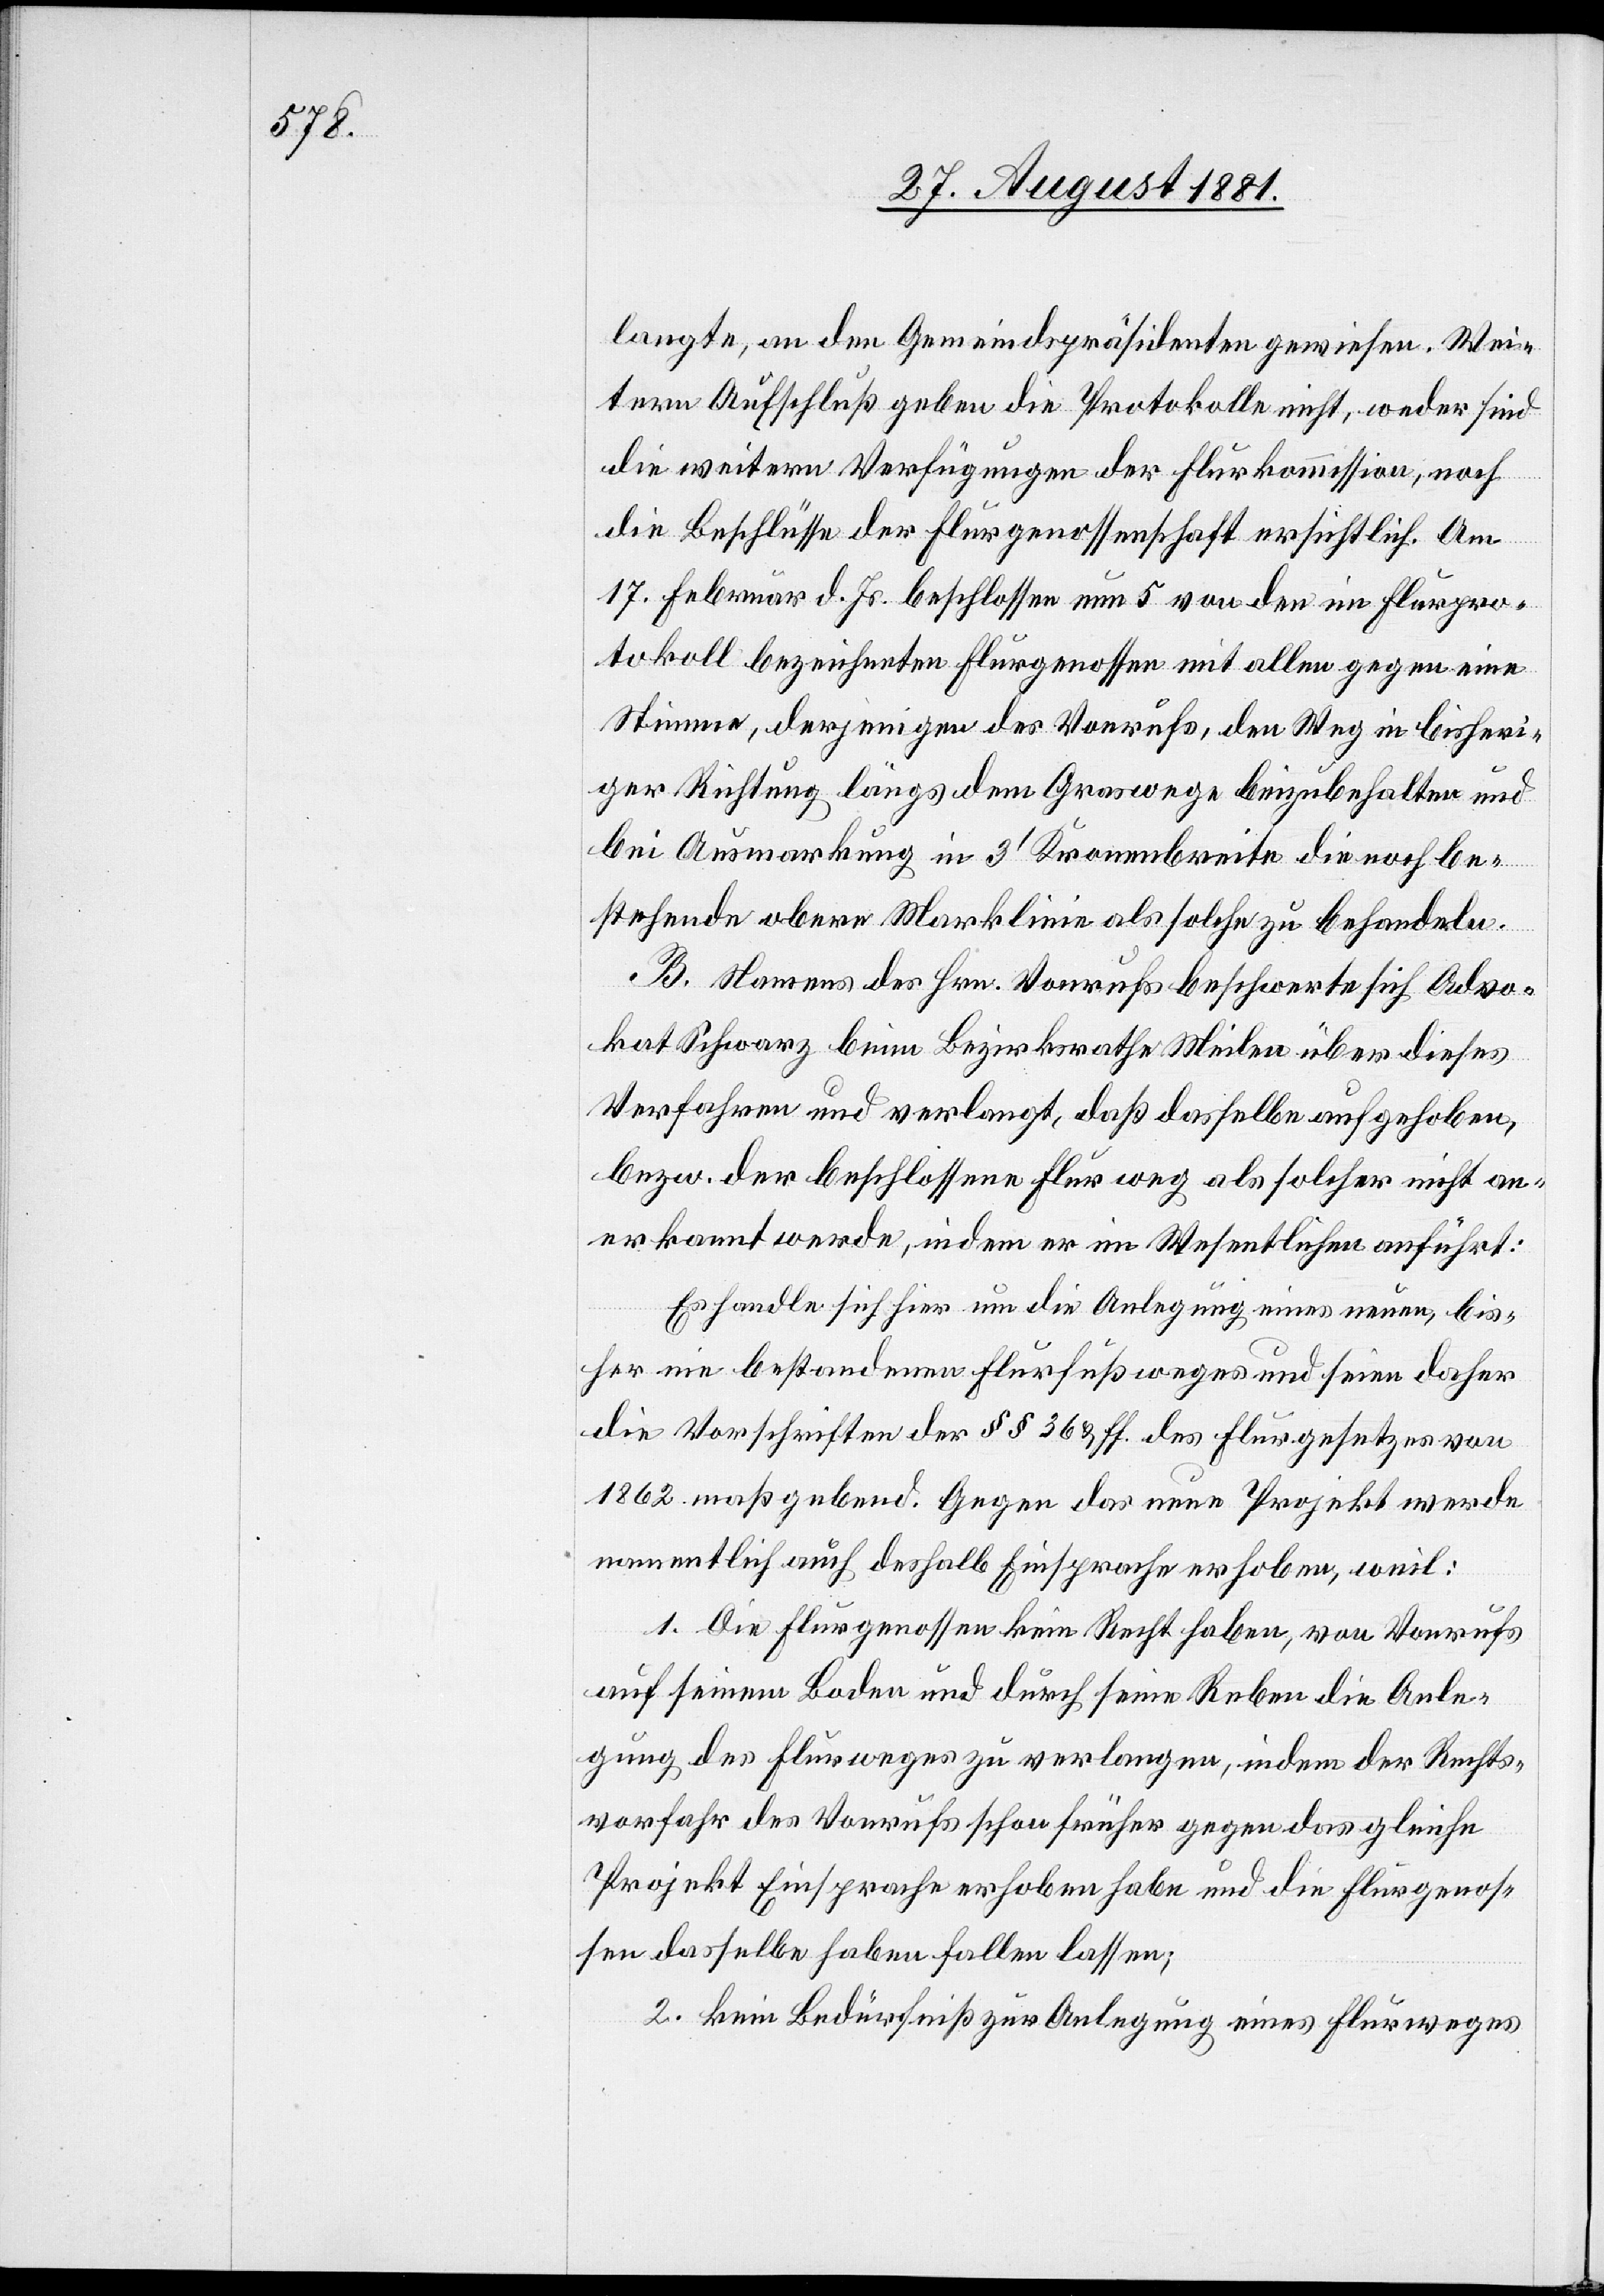
langte, an den Gemeindspräsidenten gewiesen. Wei¬
tern Aufschluß geben die Protokolle nicht, weder sind
die weitern Verfügungen der Flurkommission, noch
die Beschlüsse der Flurgenossenschaft ersichtlich. Am
17. Februar d. Js. beschlossen nun 5 von den im Flurpro¬
tokoll bezeichneten Flurgenossen mit allen gegen eine
Stimme, derjenigen des Vonrufs, den Weg in bisheri¬
ger Richtung längs dem Graswege beizubehalten und
bei Ausmarkung in 3‘ Kronenbreite die noch be¬
stehende obere Marklinie als solche zu behandeln.
B. Namens des Hrn. Vonrufs beschwerte sich Advo¬
kat Schwarz beim Bezirksrathe Meilen über dieses
Verfahren und verlangt, daß dasselbe aufgehoben,
bezw. der beschlossene Flurweg als solcher nicht an¬
erkannt werde, indem er im Wesentlichen anführt:
Es handle sich um die Anlegung eines neuen, bis¬
her nie bestandenen Flurfußweges und seien daher
die Vorschriften der §§ 36 & ff. des Flurgesetzes von
1862 maßgebend. Gegen das neue Projekt werde
namentlich auch deshalb Einsprache erhoben, weil:
1. Die Flurgenossen kein Recht haben, von Vonrufs
auf seinem Boden und durch seine Reben die Anle¬
gung des Flurweges zu verlangen, indem der Rechts¬
vorfahr des Vonrufs schon früher gegen das gleiche
Projekt Einsprache erhoben habe und die Flurgenos¬
sen dasselbe haben fallen lassen;
2. kein Bedürfniß zur Anlegung eines Flurweges